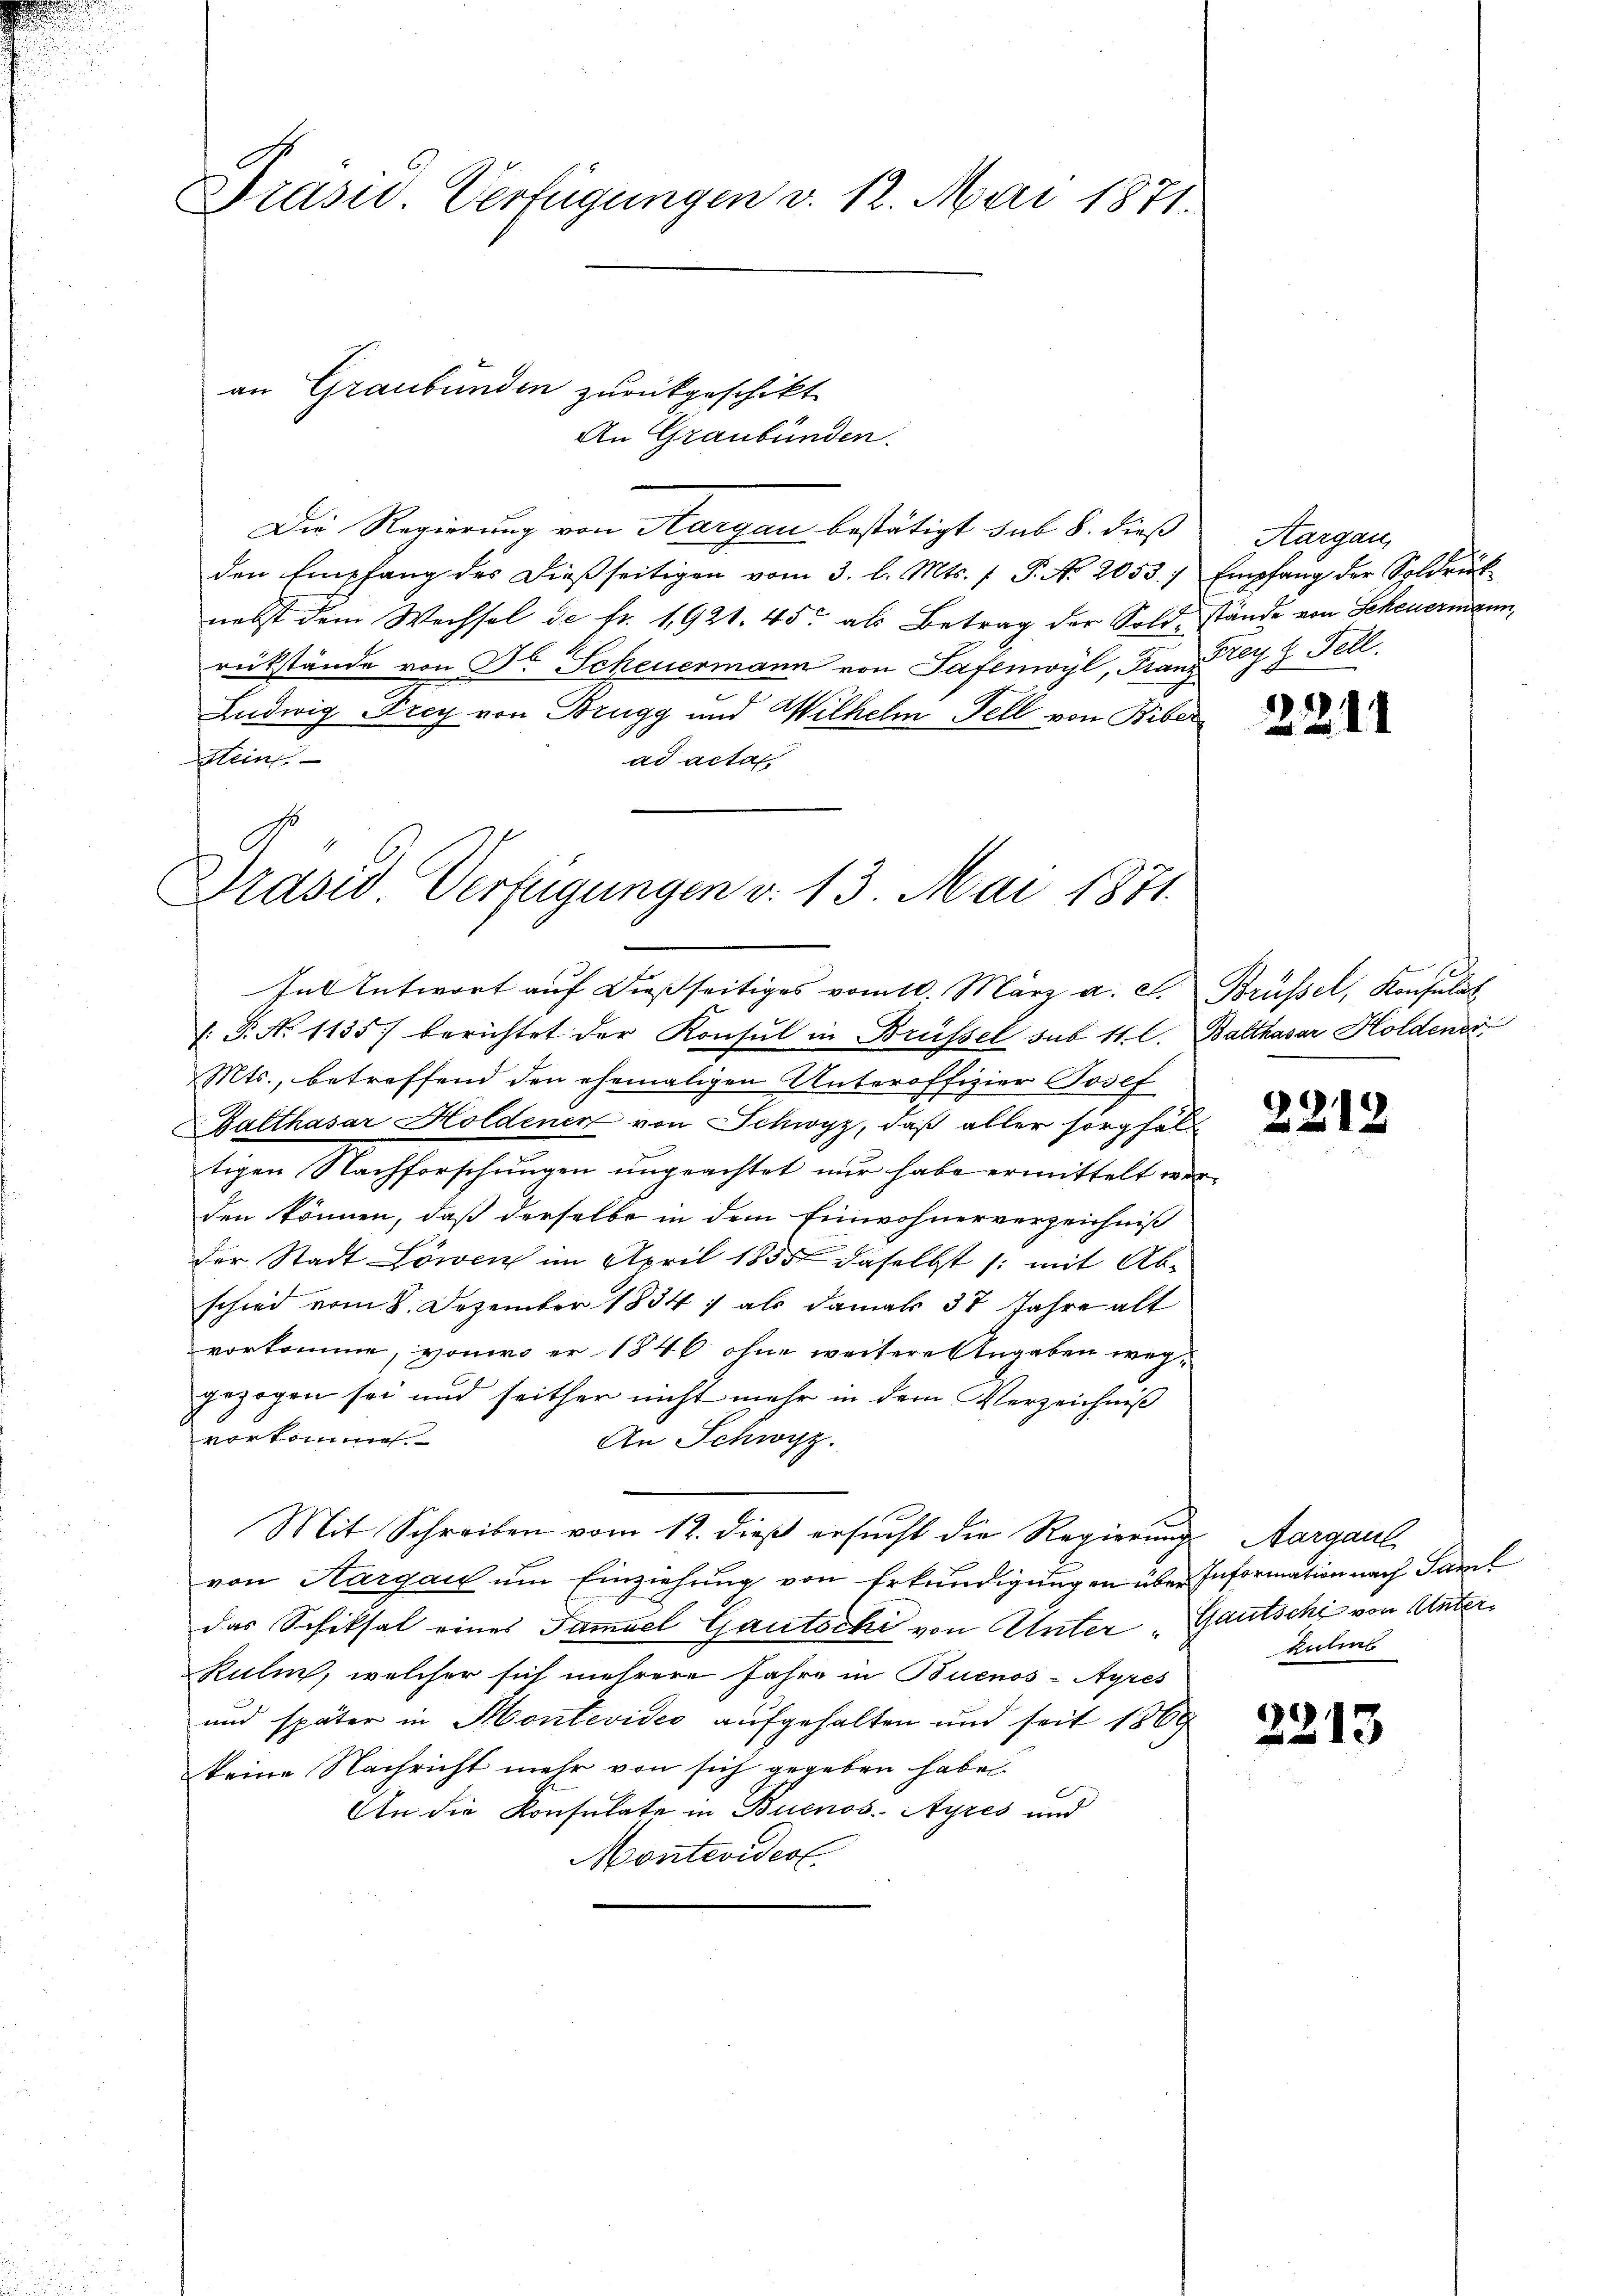
Drasur. Verfügungen v. 12. Mai 1871.

An Graubünden.
Die Regierung von Hargau bestätigt sub 8. dieß
den Empfang des dieβseitigen vom 3. l. Mts. f. P. No 2053. 7 Empfang der Soldrück-
nebst dem Wechsel de fr. 1921. 45. als Betrag der Sold, stände von Scheuermann,
rükstände von Fr. Scheuermann von Safenwyl, Franz Frey Z Fell
Ludwig Frey von Brugg und Wilhelm Fell von Biber
Mein
ad actat.

an Graubünden zurückgeschikt

Präsid. Verfügungen v. 13. Mai 1871.
hut Entwort auf dießseitiges vom 10. März a. c. Brüssel, Konsulat

/: P. No 1135) berichtet der Konsul in Brüssel sub 11 l. Balthasar Holdener
Mts., betreffend den ehemaligen Unteroffizier Josef
Balthasar Holdenen von Schwyz, daß aller sorgfäl
tigen Nachforschungen ungeachtet nur habe ermittelt werden können, daß derselbe in dem Einwohnerverzeichniß
der Stadt Löwen im April 1855 daselbst /: mit Abschied vom 8. Dezember 1834 ; als damals 37 Jahre alt
vorkomme, von wo er 1846 ohne weitere Angaben weggezogen sei und seither nicht mehr in dem Verzeichniß
vorkomme
An Schwyz.
.
Mit Schreiben vom 12. dieß ersucht die Regierung Aargaul
von Aargau um Einziehung von Erkundigungen über Information nach Famil
das Schiksal eines Famuel Gautschi von Unter „Gautschi von Unter¬
Kulm, welcher sich mehrere Jahre in Buenos-Ayres
und später in Montevideo aufgehalten und seit 1869
keine Nachricht mehr von sich gegeben habe.
An die Konsulate in Buenos-Ayres und
Montevidest

Aargau,

2211

2212.

kulins

2213